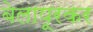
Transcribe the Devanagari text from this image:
बेलापूरकर